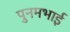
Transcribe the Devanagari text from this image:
पुनमभाई